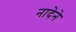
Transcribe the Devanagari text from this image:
नादेने